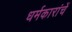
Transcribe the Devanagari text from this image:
धर्मकारांचें